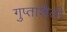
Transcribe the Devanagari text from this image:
गुप्ताशैली